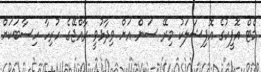
މެޓް އޮފީހުގެ އޮފިޝަލަކު މިރޭ ސަން އަށް ވިދާޅުވީ ރާއްޖޭގެ ހުރިހާ ހިސާބަކަށް